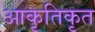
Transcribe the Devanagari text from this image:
आकृतिकृत